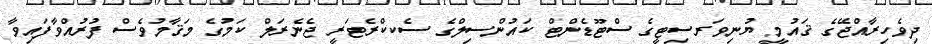
ދިވެހިރާއްޖޭގެ ޤައުމީ ޔުނިވަރސިޓީގެ ސްޓޫޑެންޓް ކައުންސިލްގެ ސެކކްރެޓަރީ ޖެނެރަލް ކަމުގެ މަޤާމުވެސް ފުރުއްވާފައިވާ